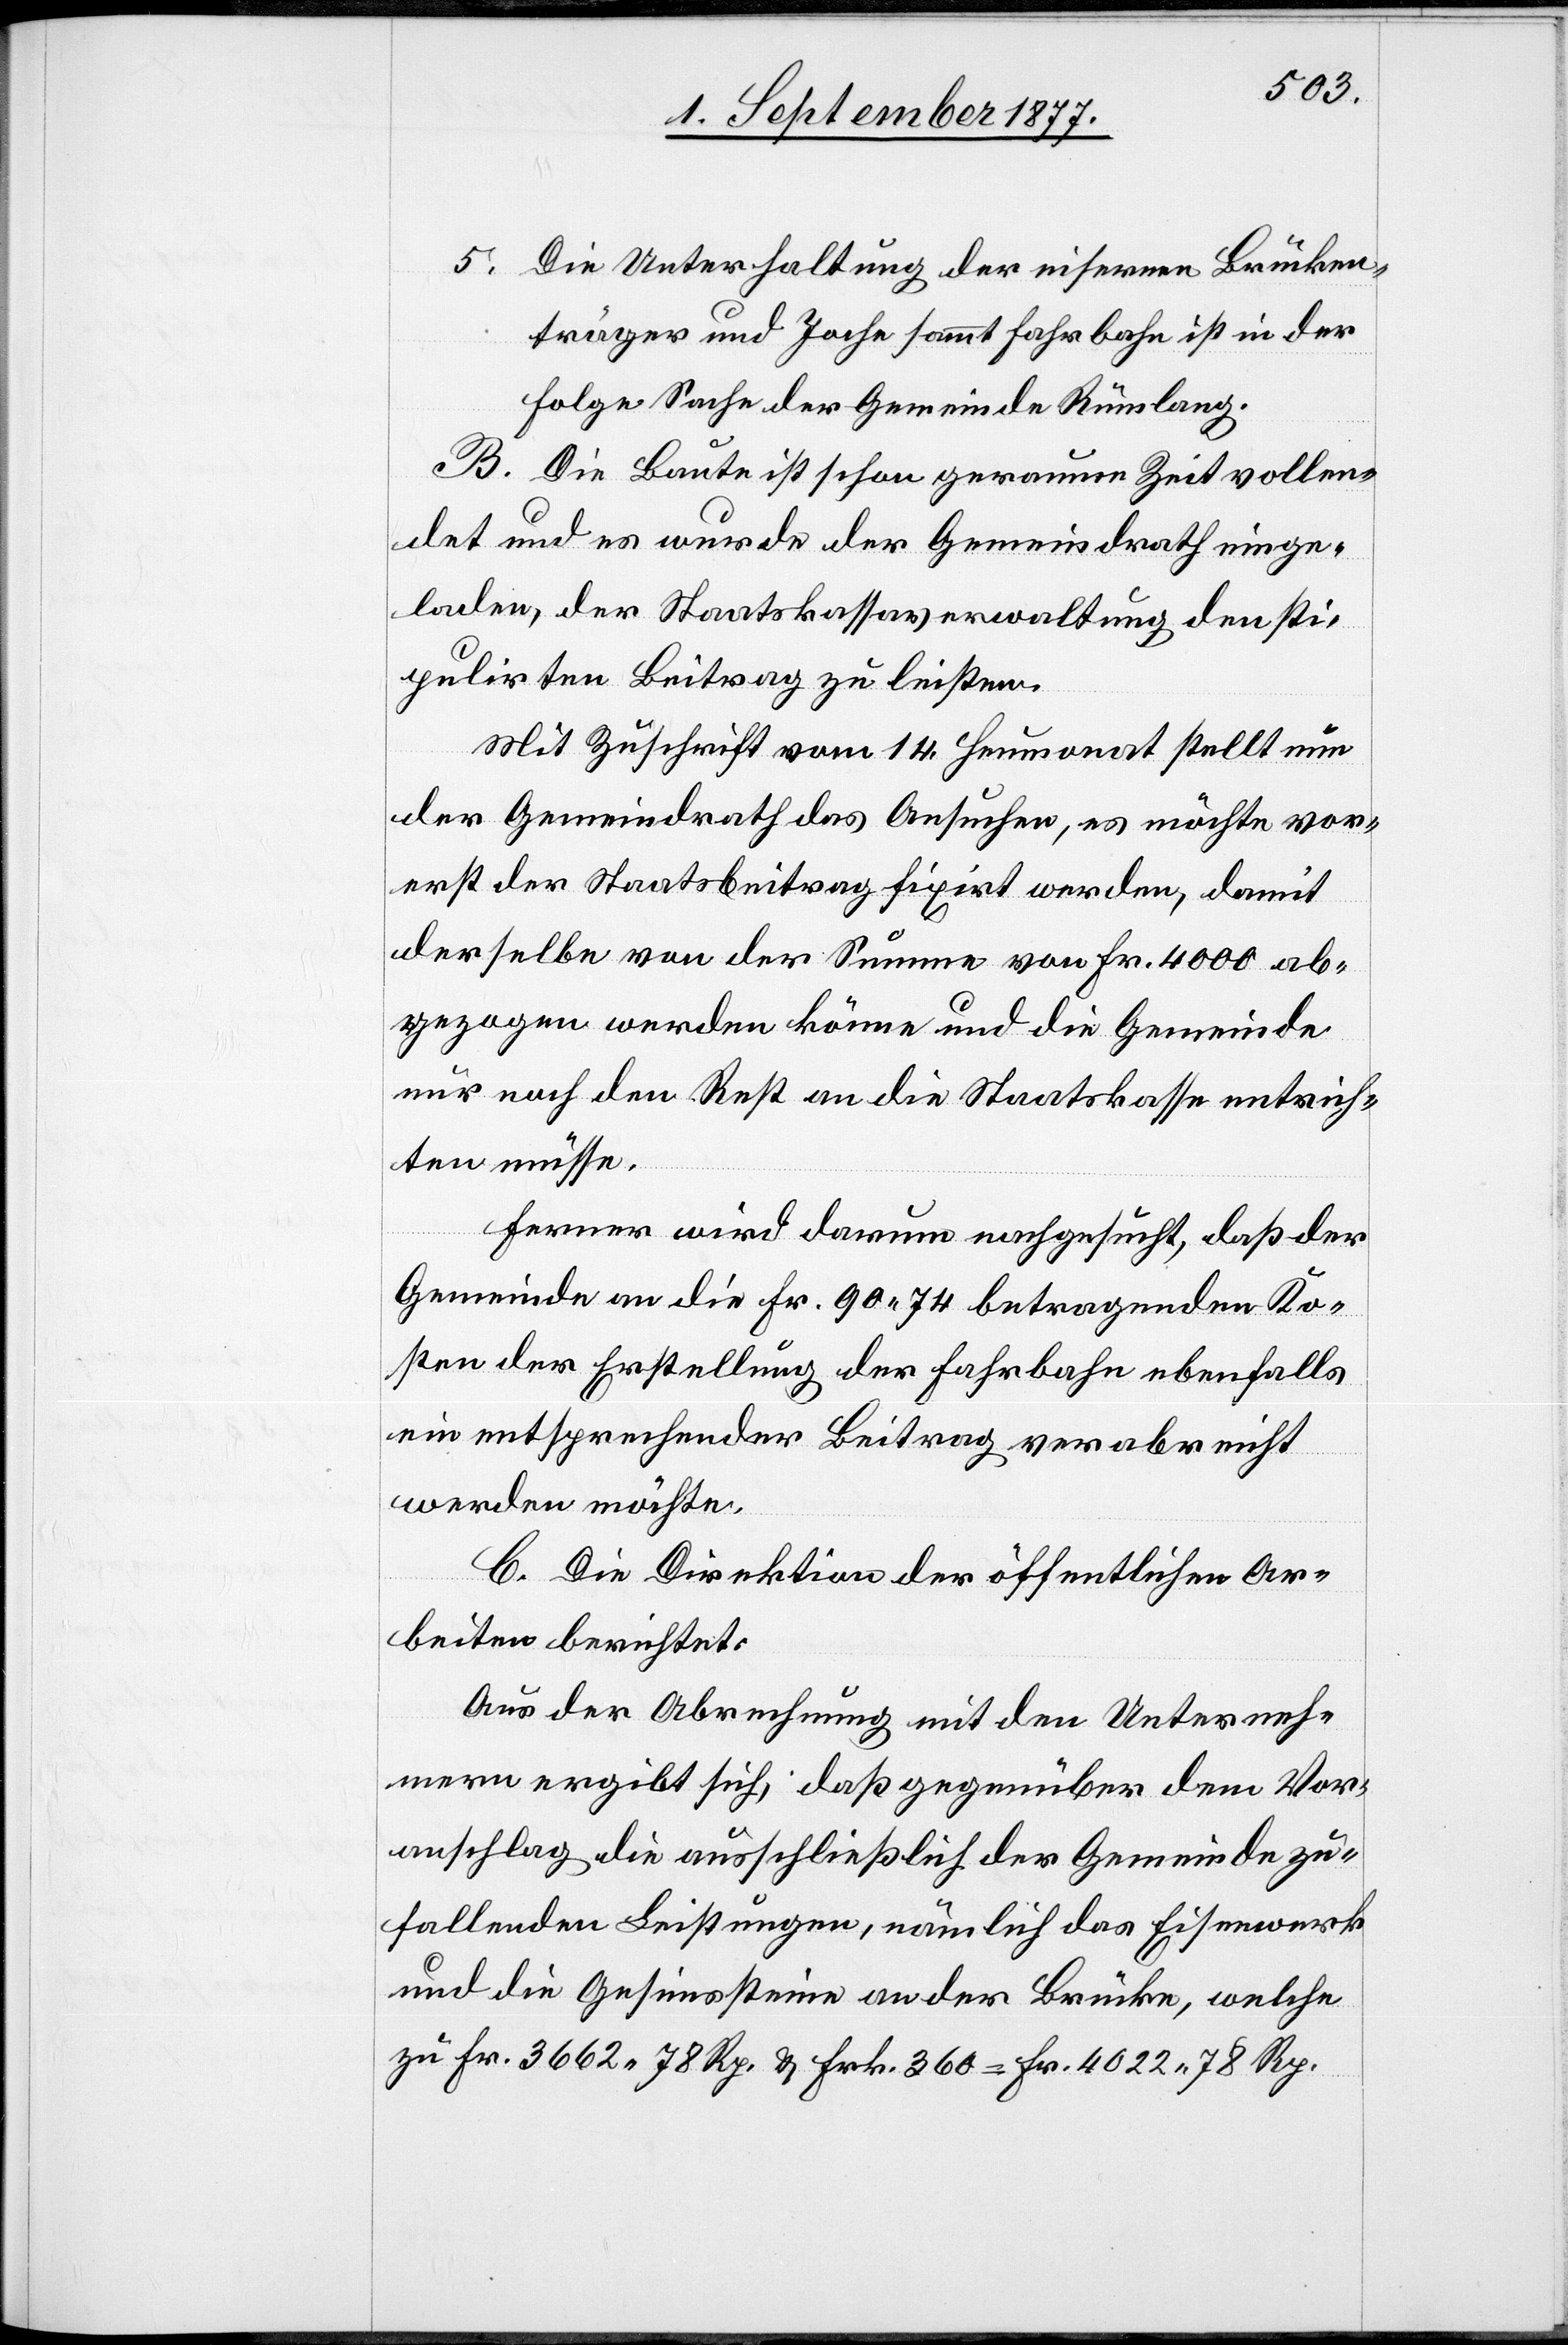
Die Unterhaltung der eisernen Brücken¬
träger und Joche sammt Fahrbahn ist in der
Folge Sache der Gemeinde Rümlang.
B. Die Baute ist schon geraume Zeit vollen¬
det und es wurde der Gemeindrath einge¬
laden, der Staatskassaverwaltung den sti¬
pulirten Beitrag zu leisten.
Mit Zuschrift vom 14. Heumonat stellt nun
der Gemeindrath das Ansuchen, es möchte vor¬
erst der Staatsbeitrag fixirt werden, damit
derselbe von der Summe von Fr. 4000 ab¬
gezogen werden könne und die Gemeinde
nur noch den Rest an die Staatskasse entrich¬
ten müsse.
5.
Ferner wird darum nachgesucht, daß der
Gemeinde an die Fr. 90.74 betragenden Ko¬
sten der Erstellung der Fahrbahn ebenfalls
ein entsprechender Beitrag verabreicht
werden möchte.
C. Die Direktion der öffentlichen Ar¬
beiten berichtet:
Aus der Abrechnung mit den Unterneh¬
mern ergibt sich, daß gegenüber dem Vor¬
anschlag die ausschließlich der Gemeinde zu¬
fallenden Leistungen, nämlich das Eisenwerk
und die Gesimssteine an der Brücke, welche
zu Fr. 3662 78 Rp. & Frk. 360 = Fr. 4022 78 Rp.